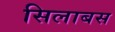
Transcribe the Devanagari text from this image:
सिलाबस